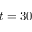
t = 3 0